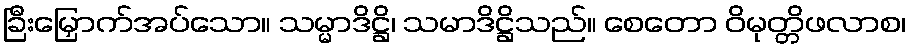
ခြီးမြှောက်အပ်သော။ သမ္မာဒိဋ္ဌိ၊ သမာဒိဋ္ဌိသည်။ စေတော ဝိမုတ္တိဖလာစ၊